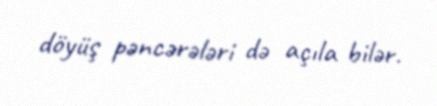
döyüş pəncərələri də açıla bilər.